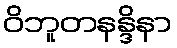
ဝိဘူတနန္ဒိနာ